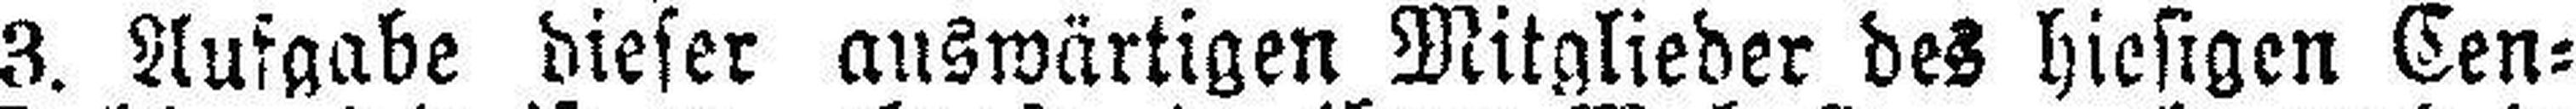
3. Aufgabe dieser auswärtigen Mitglieder des hiesigen Cen¬